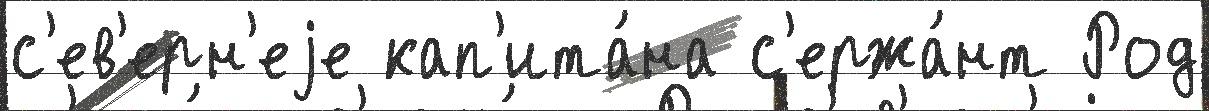
с'ев'ерн'еjе кап'ита́на с'ержа́нт Род